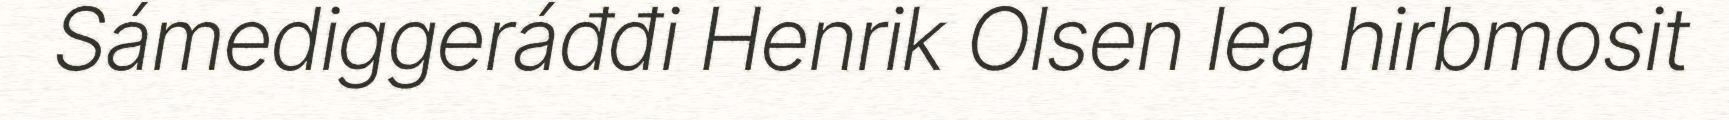
Sámediggeráđđi Henrik Olsen lea hirbmosit